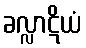
ခလ္လာဋိယံ